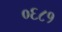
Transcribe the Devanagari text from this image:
०६८१